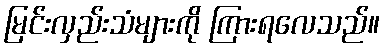
မြင်းလှည်းသံများကို ကြားရလေသည်။